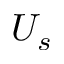
U _ { s }